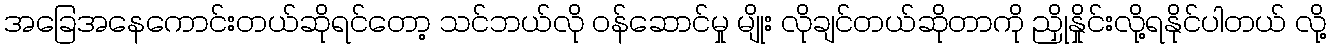
အခြေအနေကောင်းတယ်ဆိုရင်တော့ သင်ဘယ်လို ဝန်ဆောင်မှု မျိုး လိုချင်တယ်ဆိုတာကို ညှိုနှိုင်းလို့ရနိုင်ပါတယ် လို့